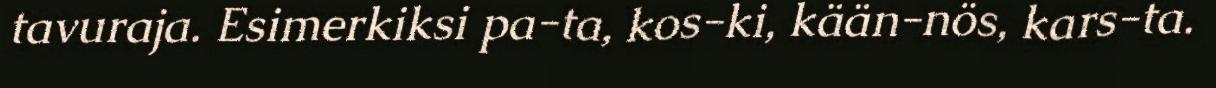
tavuraja. Esimerkiksi pa-ta, kos-ki, kään-nös, kars-ta.